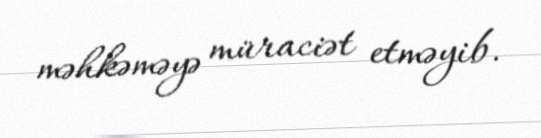
məhkəməyə müraciət etməyib.